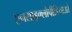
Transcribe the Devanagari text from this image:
एनसाइक्लोपीडियाओ